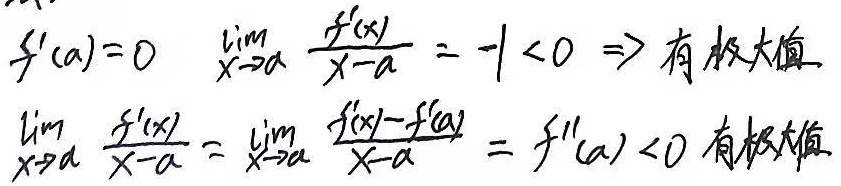
由 \(f'(a)=0\) 且 \(\lim_{x \to a}\frac{f'(x)}{x - a}=-1<0\) 可知函数在 \(x = a\) 处有极大值。

因为 \(\lim_{x \to a}\frac{f'(x)}{x - a}=\lim_{x \to a}\frac{f'(x)-f'(a)}{x - a}=f''(a)<0\)，所以函数在 \(x = a\) 处有极大值。

\[
\begin{align*}
&f'(a)=0\\
&\lim_{x \to a}\frac{f'(x)}{x - a}=-1<0\\
&\lim_{x \to a}\frac{f'(x)}{x - a}=\lim_{x \to a}\frac{f'(x)-f'(a)}{x - a}=f''(a)<0
\end{align*}
\]